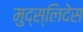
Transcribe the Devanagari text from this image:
मुद्स्लिदेस